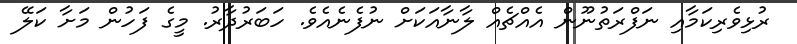
ރުޅިވެރިކަމާއި ނަފްރަތުނޫން އެއްޗެއް ލާނާއަކަށް ނުފެނެއެވެ. ހަބަރުދާރު. މީގެ ފަހުން މަށާ ކަލޭ